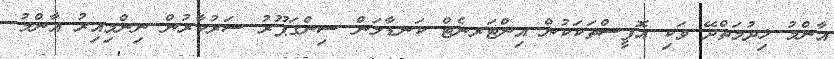
އާންމު ޚިދުމަތްދޭ ވަކި އޮފީސްތަކަކުން އިންޓަރނެޓް ކަނޑާލަން ސިންގަޕޫރު ސަރުކާރުން ނިންމިއިރު އާންމު